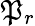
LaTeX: \mathfrak{P}_{r}